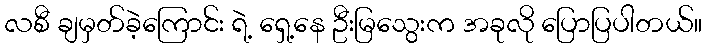
လစီ ချမှတ်ခဲ့ကြောင်း ရဲ့ ရှေ့နေ ဦးမြသွေးက အခုလို ပြောပြပါတယ်။